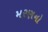
મરણનો